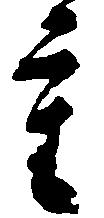
重